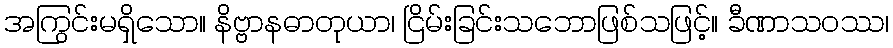
အကြွင်းမရှိသော။ နိဗ္ဗာနဓာတုယာ၊ ငြိမ်းခြင်းသဘောဖြစ်သဖြင့်။ ခီဏာသဝဿ၊